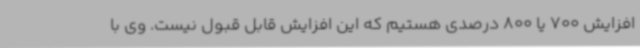
افزایش 700 یا 800 درصدی هستیم که این افزایش قابل قبول نیست. وی با